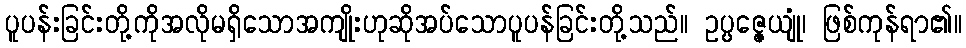
ပူပန်းခြင်းတို့ကိုအလိုမရှိသောအကျိုးဟုဆိုအပ်သောပူပန်ခြင်းတို့သည်။ ဥပ္ပဇ္ဇေယျုံ၊ ဖြစ်ကုန်ရာ၏။